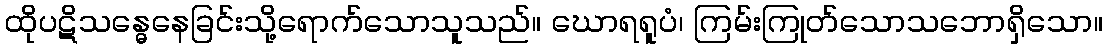
ထိုပဋိသန္ဓေနေခြင်းသို့ရောက်သောသူသည်။ ဃောရရူပံ၊ ကြမ်းကြုတ်သောသဘောရှိသော။